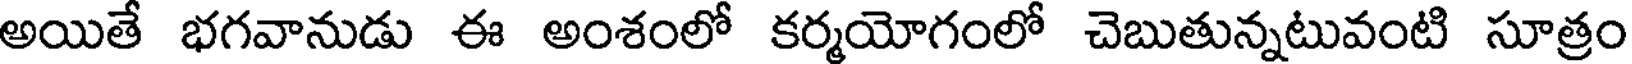
అయితే భగవానుడు ఈ అంశంలో కర్మయోగంలో చెబుతున్నటువంటి సూత్రం